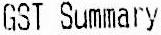
GST SUMMARY